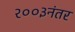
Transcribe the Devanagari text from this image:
२००३नंतर